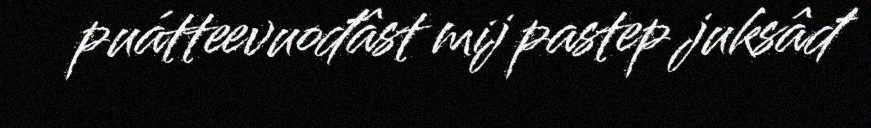
puátteevuođâst mij pastep juksâđ